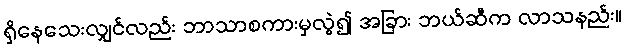
ရှိနေသေးလျှင်လည်း ဘာသာစကားမှလွဲ၍ အခြား ဘယ်ဆီက လာသနည်း။